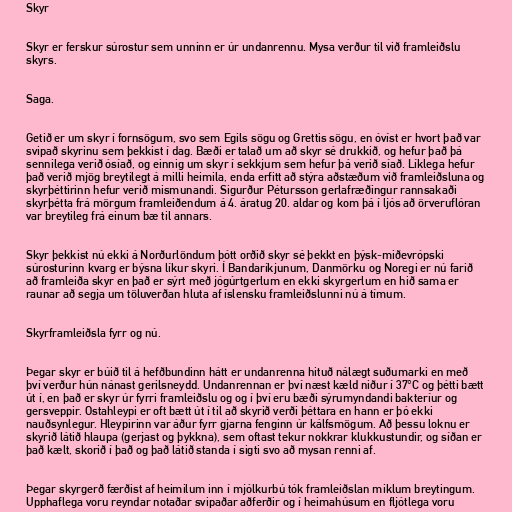
Skyr

Skyr er ferskur súrostur sem unninn er úr undanrennu. Mysa verður til við framleiðslu
skyrs.

Saga.

Getið er um skyr í fornsögum, svo sem Egils sögu og Grettis sögu, en óvíst er hvort það var
svipað skyrinu sem þekkist í dag. Bæði er talað um að skyr sé drukkið, og hefur það þá
sennilega verið ósíað, og einnig um skyr í sekkjum sem hefur þá verið síað. Líklega hefur
það verið mjög breytilegt á milli heimila, enda erfitt að stýra aðstæðum við framleiðsluna og
skyrþéttirinn hefur verið mismunandi. Sigurður Pétursson gerlafræðingur rannsakaði
skyrþétta frá mörgum framleiðendum á 4. áratug 20. aldar og kom þá í ljós að örveruflóran
var breytileg frá einum bæ til annars.

Skyr þekkist nú ekki á Norðurlöndum þótt orðið skyr sé þekkt en þýsk-miðevrópski
súrosturinn kvarg er býsna líkur skyri. Í Bandaríkjunum, Danmörku og Noregi er nú farið
að framleiða skyr en það er sýrt með jógúrtgerlum en ekki skyrgerlum en hið sama er
raunar að segja um töluverðan hluta af íslensku framleiðslunni nú á tímum.

Skyrframleiðsla fyrr og nú.

Þegar skyr er búið til á hefðbundinn hátt er undanrenna hituð nálægt suðumarki en með
því verður hún nánast gerilsneydd. Undanrennan er því næst kæld niður í 37°C og þétti bætt
út í, en það er skyr úr fyrri framleiðslu og og í því eru bæði sýrumyndandi bakteríur og
gersveppir. Ostahleypi er oft bætt út í til að skyrið verði þéttara en hann er þó ekki
nauðsynlegur. Hleypirinn var áður fyrr gjarna fenginn úr kálfsmögum. Að þessu loknu er
skyrið látið hlaupa (gerjast og þykkna), sem oftast tekur nokkrar klukkustundir, og síðan er
það kælt, skorið í það og það látið standa í sigti svo að mysan renni af.

Þegar skyrgerð færðist af heimilum inn í mjólkurbú tók framleiðslan miklum breytingum.
Upphaflega voru reyndar notaðar svipaðar aðferðir og í heimahúsum en fljótlega voru